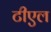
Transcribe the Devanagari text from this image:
टीएल